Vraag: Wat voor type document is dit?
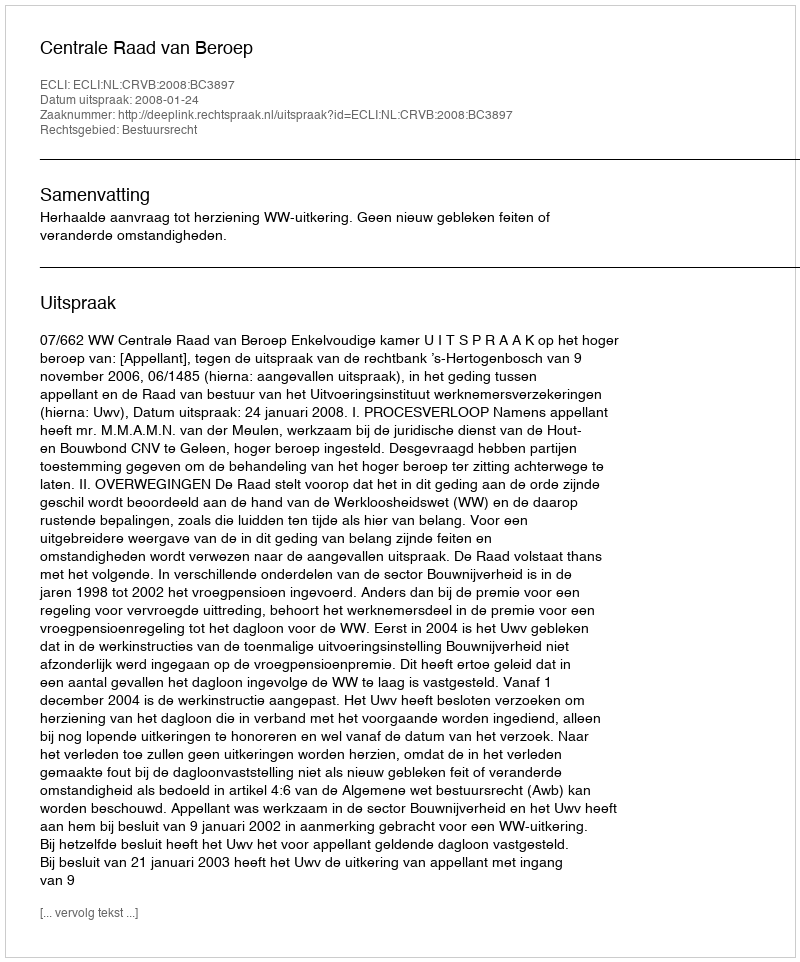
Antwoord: Uitspraak